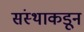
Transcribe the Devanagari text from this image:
संस्थाकडून